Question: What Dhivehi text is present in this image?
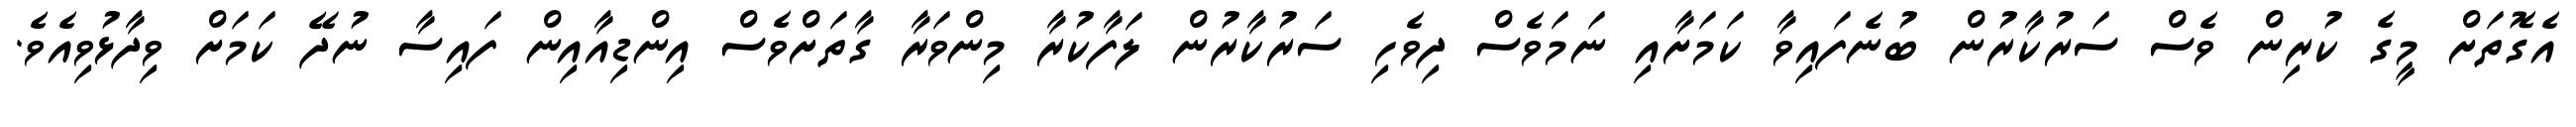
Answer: އެގޮތަށް މީގެ ކުރިން ވެސް ސަރުކާރުން ބުނެފައިވާ ކަމަށާއި ނަމަވެސް ދިވެހި ސަރުކާރުން ލަފާކުރާ މިންވަރާ ގާތަށްވެސް އިންޑިއާއިން ފައިސާ ނުދޭ ކަމަށް ވިދާޅުވިއެވެ.